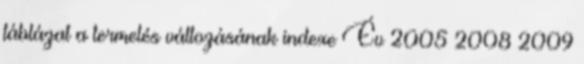
táblázat a termelés változásának indexe Év 2005 2008 2009